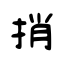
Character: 捎